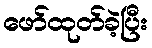
ဖော်ထုတ်ခဲ့ပြီး